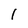
Character: 1